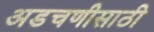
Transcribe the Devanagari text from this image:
अडचणीसाठी